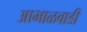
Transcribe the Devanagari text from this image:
आभाळवाडी